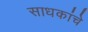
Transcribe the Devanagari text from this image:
साधकांचे